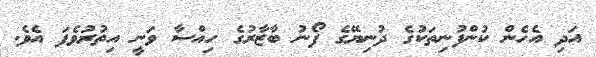
އަދި އެހެން ކުންފުނިތަކުގެ ދުނިޔޭގެ ފޯނު ބާޒާރުގެ ހިއްސާ ވަނީ އިތުރުވެފަ އެވެ.